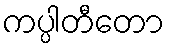
ကပ္ပါတီတော